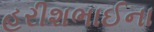
હરીશભાઈના